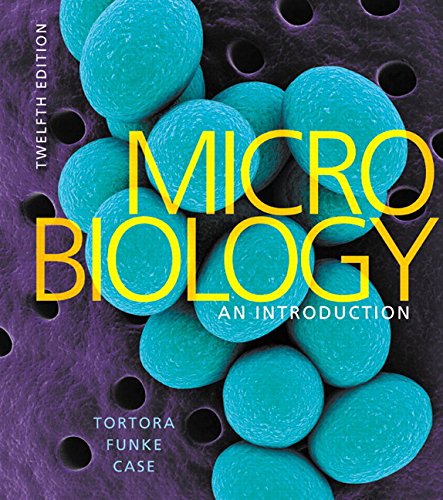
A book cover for Microbiology: An Introduction Plus MasteringMicrobiology with eText -- Access Card Package (12th Edition); Gerard J. Tortora; Medical Books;